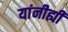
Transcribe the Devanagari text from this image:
यांनीह्यी